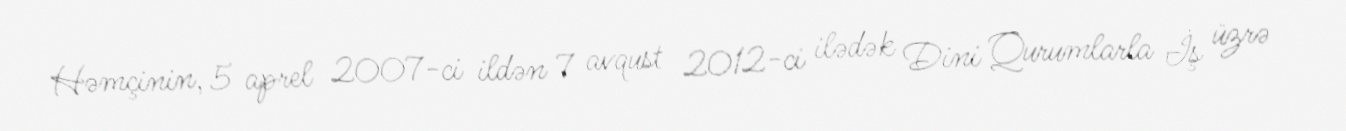
Həmçinin, 5 aprel 2007-ci ildən 7 avqust 2012-ci ilədək Dini Qurumlarla İş üzrə